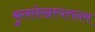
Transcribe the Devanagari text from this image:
कुलसेखरपत्तनम